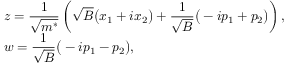
\begin{array} { l l } { { z = \displaystyle \frac { 1 } { \sqrt { m ^ { * } } } \left( \sqrt { B } \big ( x _ { 1 } + i x _ { 2 } \big ) + \frac { 1 } { \sqrt { B } } \big ( - i p _ { 1 } + p _ { 2 } \big ) \right) , \hfill } } \\ { { w = \displaystyle \frac { 1 } { \sqrt { B } } \big ( - i p _ { 1 } - p _ { 2 } \big ) , \hfill } } \end{array}